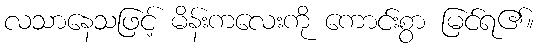
လသာနေသဖြင့် မိန်းကလေးကို ကောင်းစွာ မြင်ရ၏။